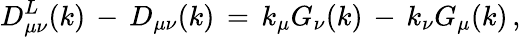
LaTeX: D_{\mu\nu}^{L}(k)\, -\, D_{\mu\nu}(k)\, =\, k_{\mu}G_{\nu}(k)\, -\, k_{\nu}G_{\mu}(k)\, ,